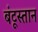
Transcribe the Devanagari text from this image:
बंटूस्तान